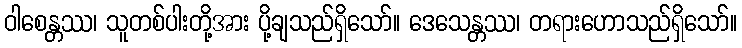
ဝါစေန္တဿ၊ သူတစ်ပါးတို့အား ပို့ချသည်ရှိသော်။ ဒေသေန္တဿ၊ တရားဟောသည်ရှိသော်။